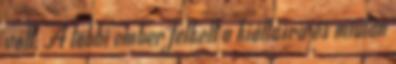
volt. A többi ember felkelt a kiáltásra és miután